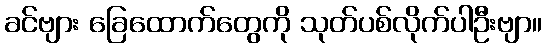
ခင်ဗျား ခြေထောက်တွေကို သုတ်ပစ်လိုက်ပါဦးဗျာ။